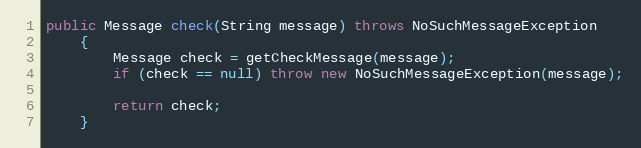
Language: Java
public Message check(String message) throws NoSuchMessageException
    {
        Message check = getCheckMessage(message);
        if (check == null) throw new NoSuchMessageException(message);

        return check;
    }